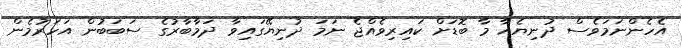
އެހެންނަމަވެސް ދުނިޔެއާ މާ ބޮޑަށް ކައިރިވެއްޖެ ނަމަ ދުނިޔޭގައިވާ ދަމާބާރުގެ ސަބަބުން އަހަރުމެން